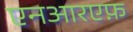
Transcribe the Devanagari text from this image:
एनआरएफ़